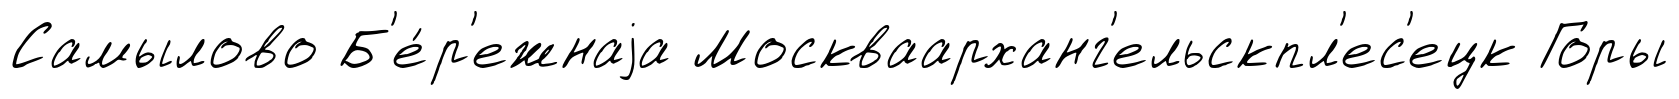
Самылово Б'е́р'ежнаjа Москваарханг'ельскпл'ес'ецк Горы